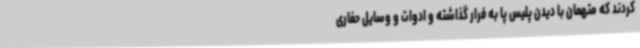
کردند که متهمان با دیدن پلیس پا به فرار گذاشته و ادوات و وسایل حفاری